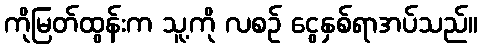
ကိုမြတ်ထွန်းက သူ့ကို လစဉ် ငွေနှစ်ရာအပ်သည်။